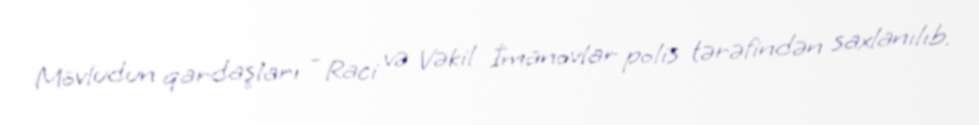
Mövludun qardaşları - Raci və Vəkil İmanovlar polis tərəfindən saxlanılıb.